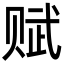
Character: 赋